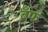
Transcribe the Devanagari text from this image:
बँफ